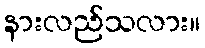
နားလည်သလား။